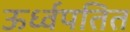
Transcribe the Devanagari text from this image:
ऊर्ध्वपतित